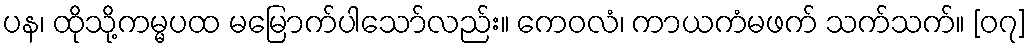
ပန၊ ထိုသို့ကမ္မပထ မမြောက်ပါသော်လည်း။ ကေဝလံ၊ ကာယကံမဖက် သက်သက်။ [၀၇]